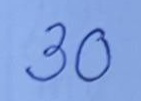
30